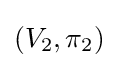
(V_{2},\pi _{2})